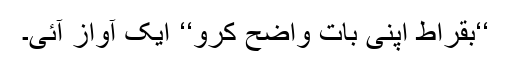
‘‘بقراط اپنی بات واضح کرو‘‘ ایک آواز آئی۔